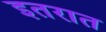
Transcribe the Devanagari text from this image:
इतरात